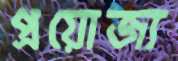
প্রয়োজ্য